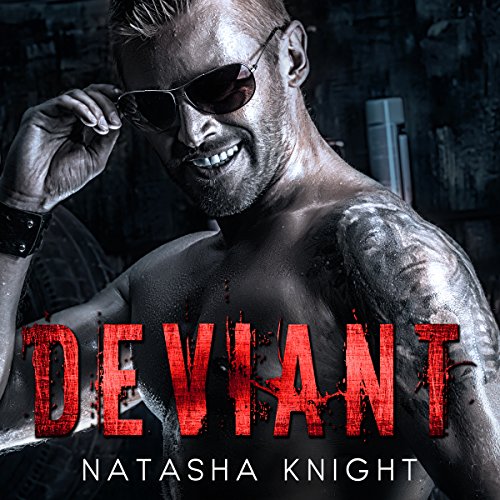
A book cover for Deviant; Natasha Knight; Romance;